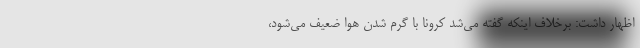
اظهار داشت: برخلاف اینکه گفته‌ می‌شد کرونا با گرم شدن هوا ضعیف می‌شود،